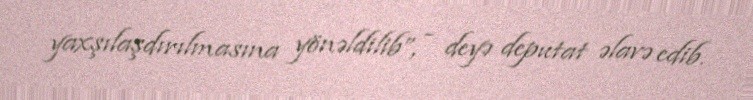
yaxşılaşdırılmasına yönəldilib”, - deyə deputat əlavə edib.